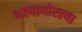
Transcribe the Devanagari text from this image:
भल्याथोरल्या